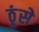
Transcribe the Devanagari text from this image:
ठूंसे